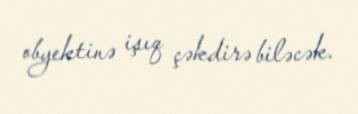
obyektinə işıq çəkdirə biləcək.